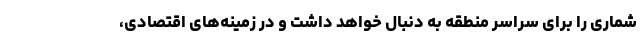
شماری را برای سراسر منطقه به دنبال خواهد داشت و در زمینه‌های اقتصادی،